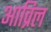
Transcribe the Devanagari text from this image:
आव्रिल